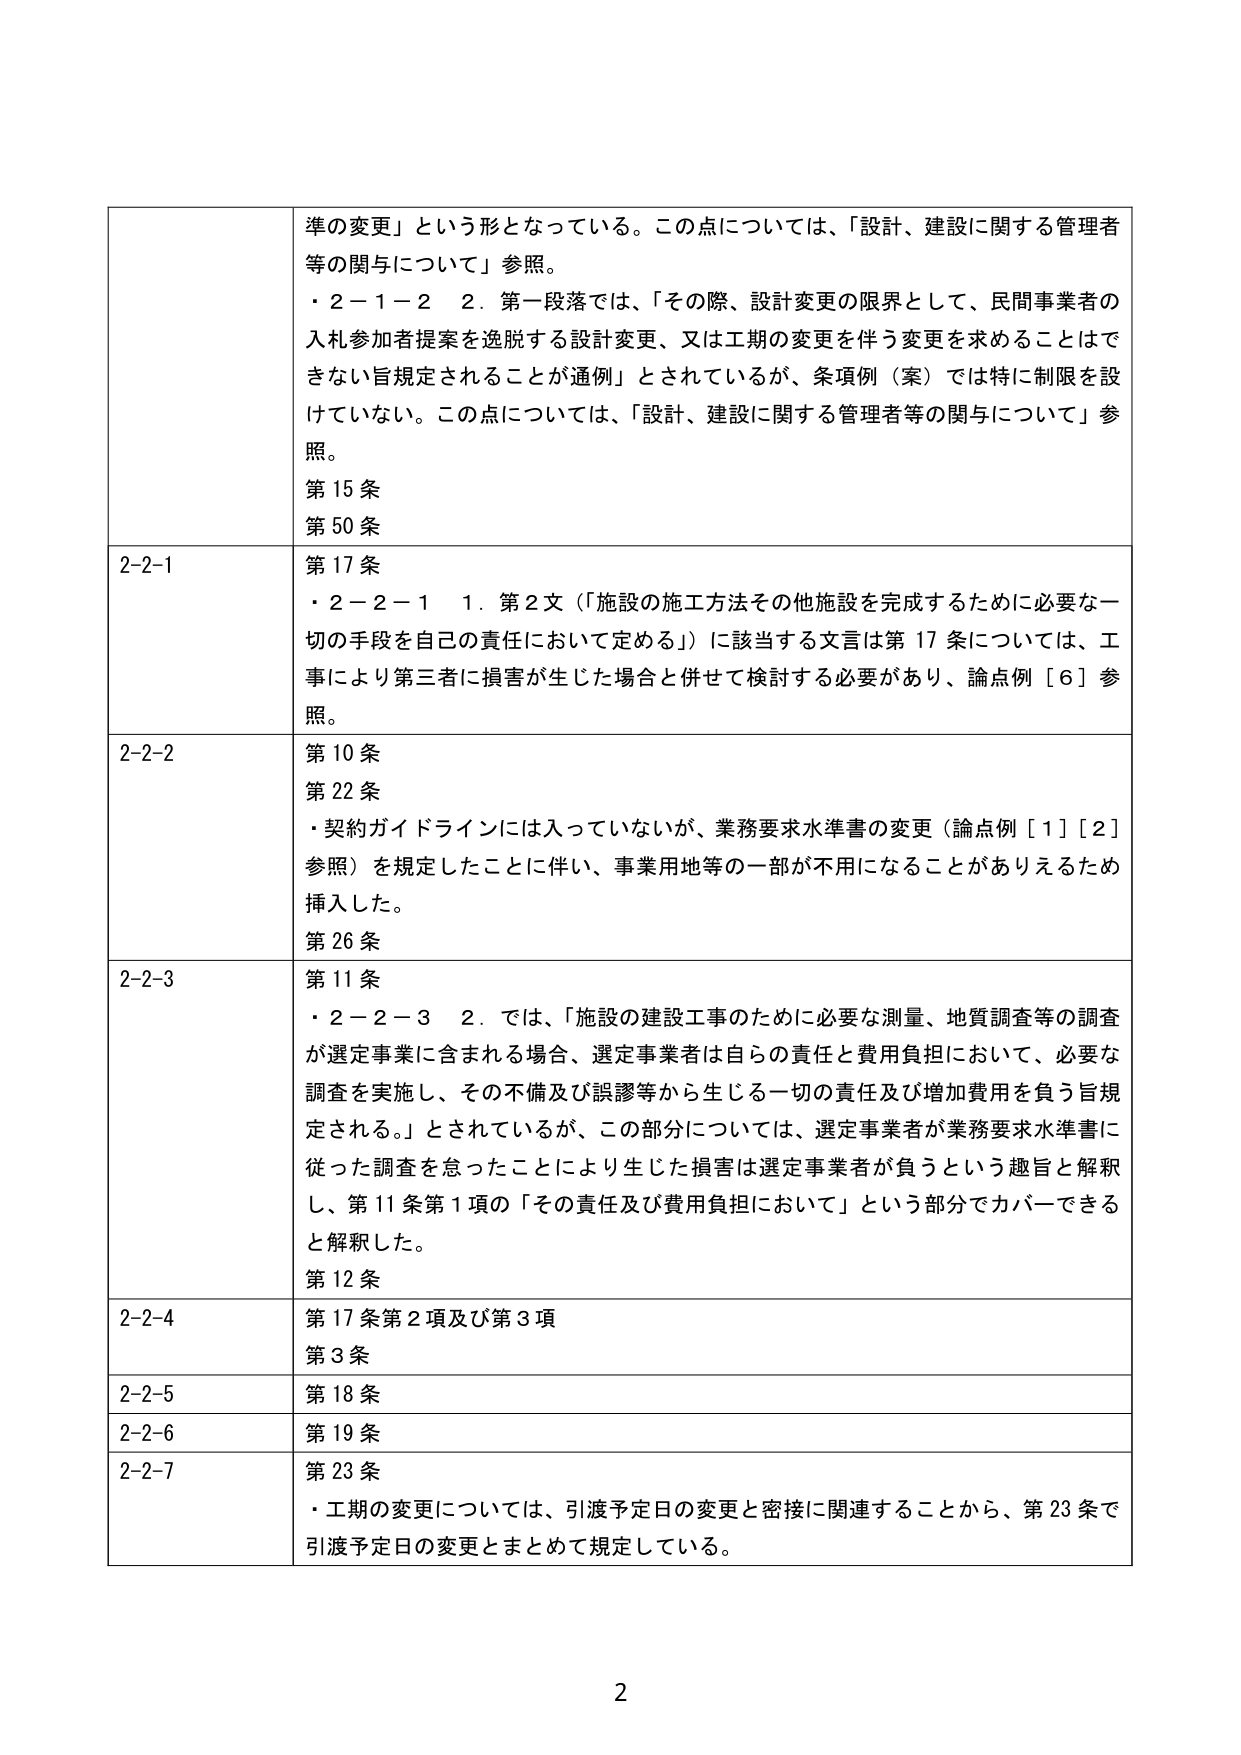
準の変更」という形となっている。この点については、「設計、建設に関する管理者等の関与について」参照。
・２－１－２　２．第一段落では、「その際、設計変更の限界として、民間事業者の入札参加者提案を逸脱する設計変更、又は工期の変更を伴う変更を求めることはできない旨規定されることが通例」とされているが、条項例（案）では特に制限を設けていない。この点については、「設計、建設に関する管理者等の関与について」参照。
第15条
第50条
2-2-1
第17条
・２－２－１　１．第2文（「施設の施工方法その他施設を完成するために必要な一切の手段を自己の責任において定める」）に該当する文言は第17条については、工事により第三者に損害が生じた場合と併せて検討する必要があり、論点例［6］参照。
2-2-2
第10条
第22条
・契約ガイドラインには入っていないが、業務要求水準書の変更（論点例［1］［2］参照）を規定したことに伴い、事業用地等の一部が不用になることがありえるため挿入した。
第26条
2-2-3
第11条
・２－２－３　２．では、「施設の建設工事のために必要な測量、地質調査等の調査が選定事業に含まれる場合、選定事業者は自らの責任と費用負担において、必要な調査を実施し、その不備及び誤謬等から生じる一切の責任及び増加費用を負う旨規定される。」とされているが、この部分については、選定事業者が業務要求水準書に従った調査を怠ったことにより生じた損害は選定事業者が負うという趣旨と解釈し、第11条第1項の「その責任及び費用負担において」という部分でカバーできると解釈した。
第12条
2-2-4
第17条第2項及び第3項
第3条
2-2-5
第18条
2-2-6
第19条
2-2-7
第23条
・工期の変更については、引渡予定日の変更と密接に関連することから、第23条で引渡予定日の変更とまとめて規定している。
2